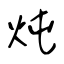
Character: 炖